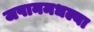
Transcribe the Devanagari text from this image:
जपानमधल्या